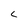
Character: c